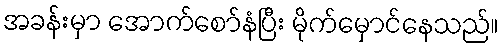
အခန်းမှာ အောက်စော်နံပြီး မိုက်မှောင်နေသည်။